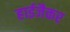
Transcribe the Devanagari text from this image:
हाईजैकर